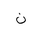
Letter: _non